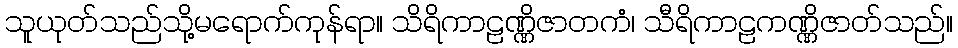
သူယုတ်သည်သို့မရောက်ကုန်ရာ။ သိရိကာဠဏ္ဏိဇာတကံ၊ သီရိကာဠကဏ္ဏိဇာတ်သည်။